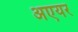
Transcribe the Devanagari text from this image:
अएयर